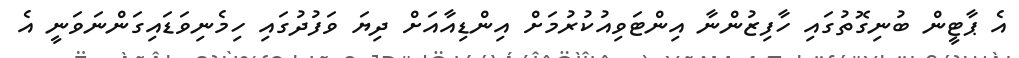
އެ ޕާޓީން ބުނިގޮތުގައި ހާފިޒުންނާ އިންޓަވިއުކުރުމަށް އިންޑިއާއަށް ދިޔަ ވަފުދުގައި ހިމެނިވަޑައިގަންނަވަނީ އެ